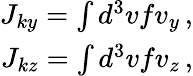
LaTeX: \begin{array}{r}{J_{ky}=\int d^{3}vfv_{y}\, ,}\\ {J_{kz}=\int d^{3}vfv_{z}\, ,}\end{array}